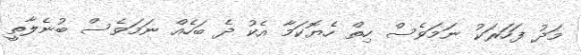
މަދު ފަހަރަކު ނަމަވެސް ހިތް ހެޔޮކަމާ އެކު ދެ ބަހެއް ނަމަވެސް ބުނެލާތީ